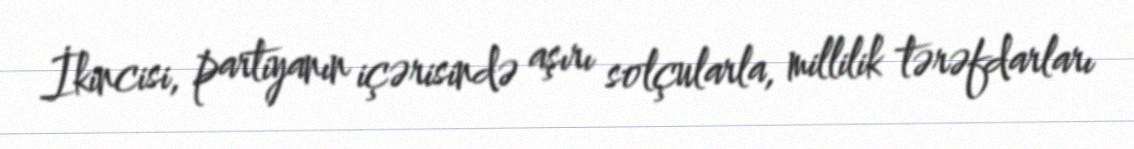
İkincisi, partiyanın içərisində aşırı solçularla, millilik tərəfdarları